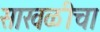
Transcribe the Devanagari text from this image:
साखळीचा